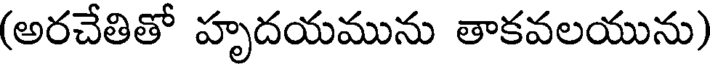
(అరచేతితో హృదయమును తాకవలయును)